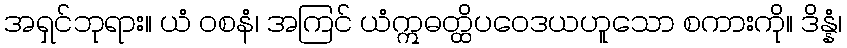
အရှင်ဘုရား။ ယံ ဝစနံ၊ အကြင် ယံဣဓတ္ထိပဝေဒယဟူသော စကားကို။ ဒိန္နံ၊